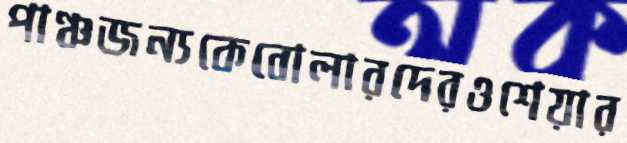
পাঞ্চজন্যকেবোলারদেরওশেয়ার